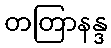
တတြာနန္ဒ